Report of the Indian Hemp Drugs Commission, 1894-1895 - Volume V
Year: 1894
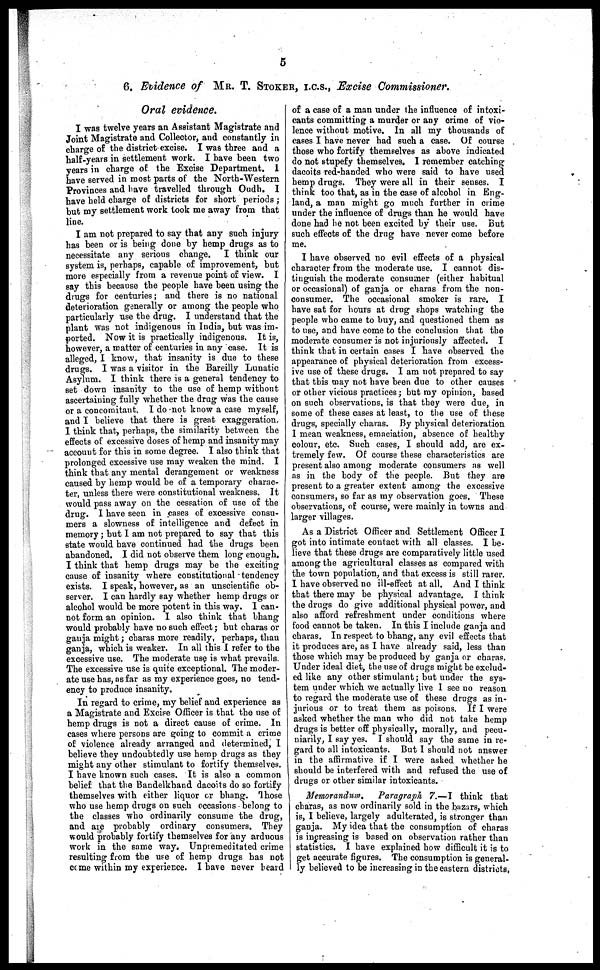
5
6. Evidence of MR. T. STOKER, I.C.S., Excise Commissioner.
Oral evidence.
I was twelve years an Assistant Magistrate and
Joint Magistrate and Collector, and constantly in
charge of the district excise. I was three and a
half-years in settlement work. I have been two
years in charge of the Excise Department. I
have served in most parts of the North-Western
Provinces and have travelled through Oudh. I
have held charge of districts for short periods;
but my settlement work took me away from that
line.
I am not prepared to say that any such injury
has been or is being done by hemp drugs as to
necessitate any serious change. I think our
system is, perhaps, capable of improvement, but
more especially from a revenue point of view. I
say this because the people have been using the
drugs for centuries; and there is no national
deterioration generally or among the people who
particularly use the drug. I understand that the
plant was not indigenous in India, but was im-
ported. Now it is practically indigenous. It is,
however, a matter of centuries in any case. It is
alleged, I know, that insanity is due to these
drugs. I was a visitor in the Bareilly Lunatic
Asylum. I think there is a general tendency to
set down insanity to the use of hemp without
ascertaining fully whether the drug was the cause
or a concomitant. I do not know a case myself,
and I believe that there is great exaggeration.
I think that, perhaps, the similarity between the
effects of excessive doses of hemp and insanity may
account for this in some degree. I also think that
prolonged excessive use may weaken the mind. I
think that any mental derangement or weakness
caused by hemp would be of a temporary charac-
ter, unless there were constitutional weakness. It
would pass away on the cessation of use of the
drug. I have seen in cases of excessive consu-
mers a slowness of intelligence and defect in
memory; but I am not prepared to say that this
state would have continued had the drugs been
abandoned. I did not observe them long enough,
I think that hemp drugs may be the exciting
cause of insanity where constitutional tendency
exists. I speak, however, as an unscientific ob-
server. I can hardly say whether hemp drugs or
alcohol would be more potent in this way. I can-
not form an opinion. I also think that bhang
would probably have no such effect; but charas or
ganja might; charas more readily, perhaps, than
ganja, which is weaker. In all this I refer to the
excessive use. The moderate use is what prevails.
The excessive use is quite exceptional. The moder-
ate use has, as far as my experience goes, no tend-
ency to produce insanity.
In regard to crime, my belief and experience as
a Magistrate and Excise Officer is that the use of
hemp drugs is not a direct cause of crime. In
cases where persons are going to commit a crime
of violence already arranged and determined, I
believe they undoubtedly use hemp drugs as they
might any other stimulant to fortify themselves.
I have known such cases. It is also a common
belief that the Bandelkhand dacoits do so fortify
themselves with either liquor or bhang. Those
who use hemp drugs on such occasions belong to
the classes who ordinarily consume the drug,
and are probably ordinary consumers. They
would probably fortify themselves for any arduous
work in the same way. Unpremeditated crime
resulting from the use of hemp drugs has not
come within my experience. I have never beard
of a case of a man under the influence of intoxi-
cants committing a murder or any crime of vio-
lence without motive. In all my thousands of
cases I have never had such a case. Of course
those who fortify themselves as above indicated
do not stupefy themselves, I remember catching
dacoits red-handed who were said to have used
hemp drugs. They were all in their senses. I
think too that, as in the case of alcohol in Eng-
land, a man might go much further in crime
under the influence of drugs than he would have
done had be not been excited by their use. But
such effects of the drug have never come before
me.
I have observed no evil effects of a physical
character from the moderate use. I cannot dis-
tinguish the moderate consumer (either habitual
or occasional) of ganja or charas from the non-
consumer. The occasional smoker is rare, I
have sat for hours at drug shops watching the
people who came to buy, and questioned them as
to use, and have come to the conclusion that the
moderate consumer is not injuriously affected. I
think that in certain cases I have observed the
appearance of physical deterioration from excess-
ive use of these drugs. I am not prepared to say
that this may not have been due to other causes
or other vicious practices; but my opinion, based
on such observations, is that they were due, in
some of these cases at least, to the use of these
drugs, specially charas. By physical deterioration
I mean weakness, emaciation, absence of healthy
colour, etc. Such cases, I should add, are ex-
tremely few. Of course these characteristics are
present also among moderate consumers as well
as in the body of the people. But they are
present to a greater extent among the excessive
consumers, so far as my observation goes. These
observations, of course, were mainly in towns and
larger villages.
As a District Officer and Settlement Officer I
got into intimate contact with all classes. I be-
lieve that these drugs are comparatively little used
among the agricultural classes as compared with
the town population, and that excess is still rarer.
I have observed no ill-effect at all. And I think
that there may be physical advantage. I think
the drugs do give additional physical power, and
also afford refreshment under conditions where
food cannot be taken. In this I include ganja and
charas. In respect to bhang, any evil effects that
it produces are, as I have already said, less than
those which may be produced by ganja or charas.
Under ideal diet, the use of drugs might be exclud-
ed like any other stimulant; but under the sys-
tem under which we actually live I see no reason
to regard the moderate use of these drugs as in-
jurious or to treat them as poisons. If I were
asked whether the man who did not take hemp
drugs is better off physically, morally, and pecu-
niarily, I say yes. I should say the same in re-
gard to all intoxicants. But I should not answer
in the affirmative if I were asked whether he
should be interfered with and refused the use of
drugs or other similar intoxicants.
Memorandum. Paragraph 7.—I think that
charas, as now ordinarily sold in the bazars, which
is, I believe, largely adulterated, is stronger than
ganja. My idea that the consumption of charas
is increasing is based on observation rather than
statistics. I have explained how difficult it is to
get accurate figures. The consumption is general-
ly believed to be increasing in the eastern districts,